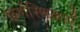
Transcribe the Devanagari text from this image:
कर्णस्थिकाएँ